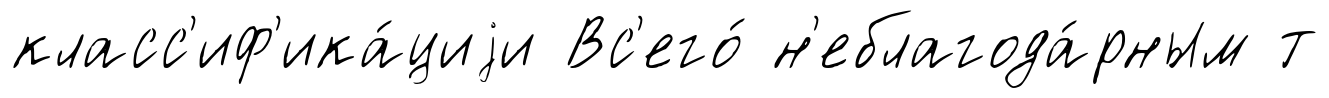
класс'иф'ика́циjи Вс'его́ н'еблагода́рным т